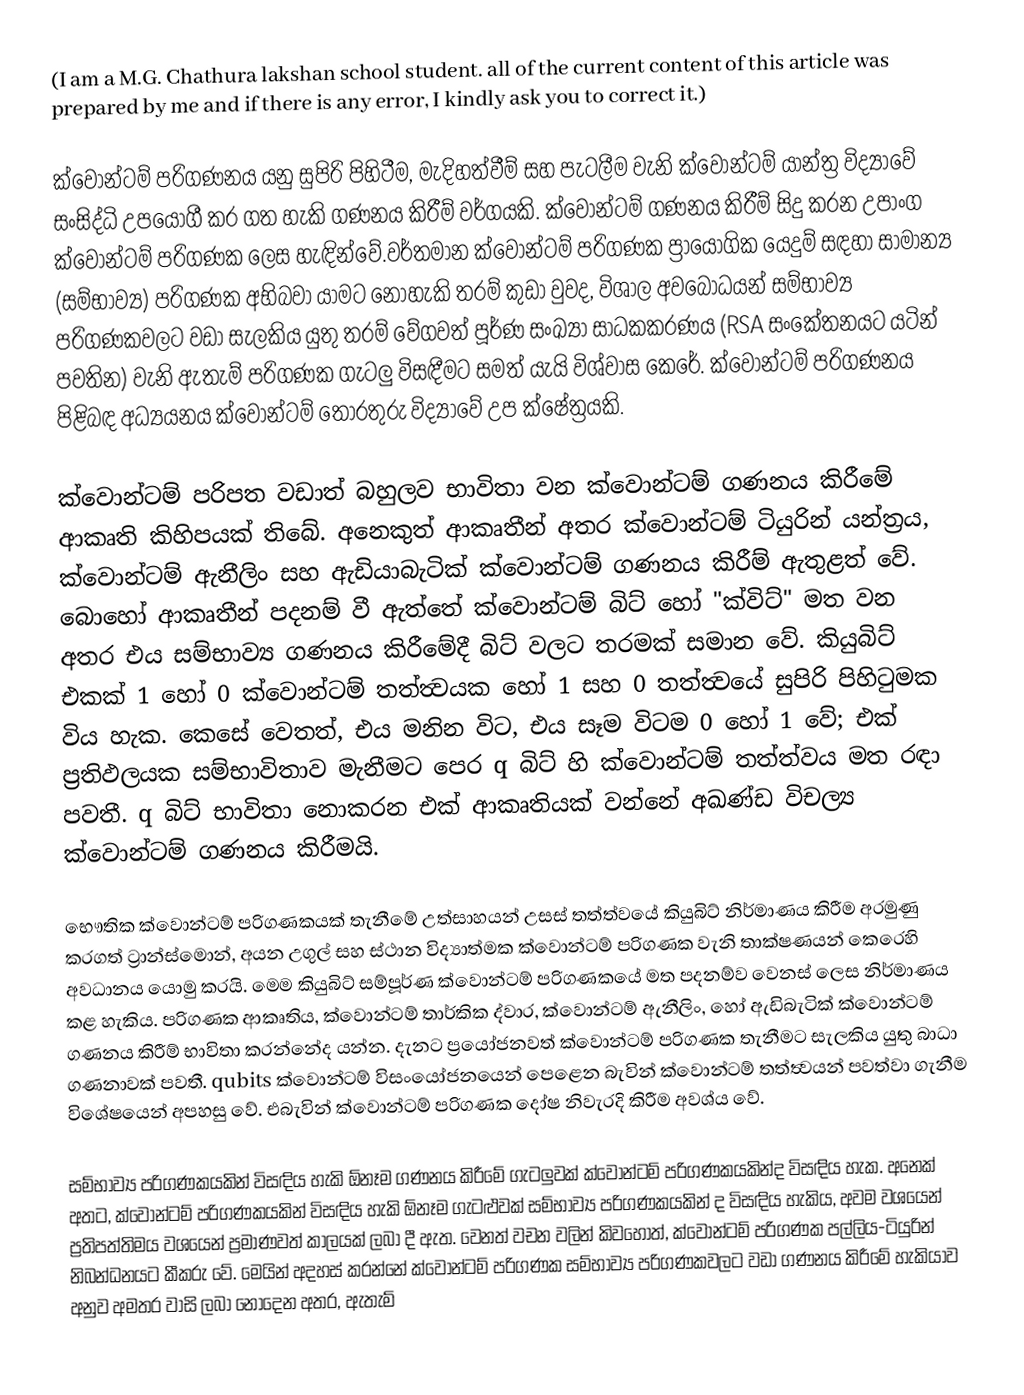
(I am a M.G. Chathura lakshan school student. all of the current content of this article was prepared by me and if there is any error, I kindly ask you to correct it.)

ක්වොන්ටම් පරිගණනය යනු සුපිරි පිහිටීම, මැදිහත්වීම් සහ පැටලීම වැනි ක්වොන්ටම් යාන්ත්‍ර විද්‍යාවේ සංසිද්ධි උපයෝගී කර ගත හැකි ගණනය කිරීම් වර්ගයකි. ක්වොන්ටම් ගණනය කිරීම් සිදු කරන උපාංග ක්වොන්ටම් පරිගණක ලෙස හැඳින්වේ.වර්තමාන ක්වොන්ටම් පරිගණක ප්‍රායෝගික යෙදුම් සඳහා සාමාන්‍ය (සම්භාව්‍ය) පරිගණක අභිබවා යාමට නොහැකි තරම් කුඩා වුවද, විශාල අවබෝධයන් සම්භාව්‍ය පරිගණකවලට වඩා සැලකිය යුතු තරම් වේගවත් පූර්ණ සංඛ්‍යා සාධකකරණය (RSA සංකේතනයට යටින් පවතින) වැනි ඇතැම් පරිගණක ගැටලු විසඳීමට සමත් යැයි විශ්වාස කෙරේ. ක්වොන්ටම් පරිගණනය පිළිබඳ අධ්‍යයනය ක්වොන්ටම් තොරතුරු විද්‍යාවේ උප ක්ෂේත්‍රයකි.

ක්වොන්ටම් පරිපත වඩාත් බහුලව භාවිතා වන ක්වොන්ටම් ගණනය කිරීමේ ආකෘති කිහිපයක් තිබේ. අනෙකුත් ආකෘතීන් අතර ක්වොන්ටම් ටියුරින් යන්ත්‍රය, ක්වොන්ටම් ඇනීලිං සහ ඇඩියාබැටික් ක්වොන්ටම් ගණනය කිරීම් ඇතුළත් වේ. බොහෝ ආකෘතීන් පදනම් වී ඇත්තේ ක්වොන්ටම් බිට් හෝ "ක්විට්" මත වන අතර එය සම්භාව්‍ය ගණනය කිරීමේදී බිට් වලට තරමක් සමාන වේ. කියුබිට් එකක් 1 හෝ 0 ක්වොන්ටම් තත්ත්‍වයක හෝ 1 සහ 0 තත්ත්‍වයේ සුපිරි පිහිටුමක විය හැක. කෙසේ වෙතත්, එය මනින විට, එය සෑම විටම 0 හෝ 1 වේ; එක් ප්‍රතිඵලයක සම්භාවිතාව මැනීමට පෙර q බිට් හි ක්වොන්ටම් තත්ත්වය මත රඳා පවතී. q බිට් භාවිතා නොකරන එක් ආකෘතියක් වන්නේ අඛණ්ඩ විචල්‍ය ක්වොන්ටම් ගණනය කිරීමයි.

භෞතික ක්වොන්ටම් පරිගණකයක් තැනීමේ උත්සාහයන් උසස් තත්ත්වයේ කියුබිට් නිර්මාණය කිරීම අරමුණු කරගත් ට්‍රාන්ස්මොන්, අයන උගුල් සහ ස්ථාන විද්‍යාත්මක ක්වොන්ටම් පරිගණක වැනි තාක්ෂණයන් කෙරෙහි අවධානය යොමු කරයි.  මෙම කියුබිට් සම්පූර්ණ ක්වොන්ටම් පරිගණකයේ මත පදනම්ව වෙනස් ලෙස නිර්මාණය කළ හැකිය. පරිගණක ආකෘතිය, ක්වොන්ටම් තාර්කික ද්වාර, ක්වොන්ටම් ඇනීලිං, හෝ ඇඩිබැටික් ක්වොන්ටම් ගණනය කිරීම් භාවිතා කරන්නේද යන්න. දැනට ප්‍රයෝජනවත් ක්වොන්ටම් පරිගණක තැනීමට සැලකිය යුතු බාධා ගණනාවක් පවතී. qubits ක්වොන්ටම් විසංයෝජනයෙන් පෙළෙන බැවින් ක්වොන්ටම් තත්ත්‍වයන් පවත්වා ගැනීම විශේෂයෙන් අපහසු වේ. එබැවින් ක්වොන්ටම් පරිගණක දෝෂ නිවැරදි කිරීම අවශ්ය වේ.

සම්භාව්‍ය පරිගණකයකින් විසඳිය හැකි ඕනෑම ගණනය කිරීමේ ගැටලුවක් ක්වොන්ටම් පරිගණකයකින්ද විසඳිය හැක. අනෙක් අතට, ක්වොන්ටම් පරිගණකයකින් විසඳිය හැකි ඕනෑම ගැටළුවක් සම්භාව්‍ය පරිගණකයකින් ද විසඳිය හැකිය, අවම වශයෙන් ප්‍රතිපත්තිමය වශයෙන් ප්‍රමාණවත් කාලයක් ලබා දී ඇත. වෙනත් වචන වලින් කිවහොත්, ක්වොන්ටම් පරිගණක පල්ලිය-ටියුරින් නිබන්ධනයට කීකරු වේ. මෙයින් අදහස් කරන්නේ ක්වොන්ටම් පරිගණක සම්භාව්‍ය පරිගණකවලට වඩා ගණනය කිරීමේ හැකියාව අනුව අමතර වාසි ලබා නොදෙන අතර, ඇතැම්